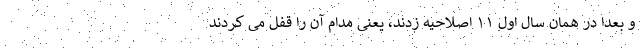
و بعدا در همان سال اول ۱۱ اصلاحیه زدند، یعنی مدام آن را قفل می کردند